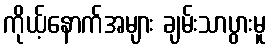
ကိုယ့်နောက်အများ ချမ်းသာပွားမူ